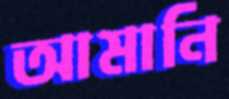
আমানি